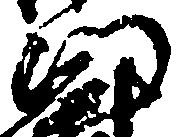
門